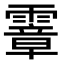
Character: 𩅈